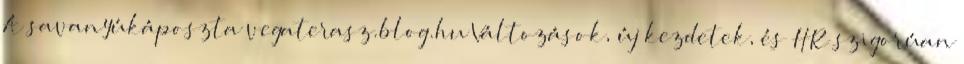
A savanyúkáposzta vegaterasz.blog.hu Változások, új kezdetek, és HR szigorúan